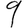
Digit: 9